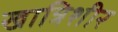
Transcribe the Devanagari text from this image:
खात्रिशीर